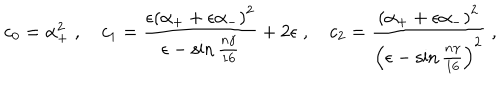
LaTeX: c _ { 0 } = \alpha _ { + } ^ { 2 } \; , \quad c _ { 1 } = \frac { \epsilon \left( \alpha _ { + } + \epsilon \alpha _ { - } \right) ^ { 2 } } { \epsilon - \sin \frac { n \gamma } { 1 6 } } + 2 \epsilon \; , \quad c _ { 2 } = \frac { \left( \alpha _ { + } + \epsilon \alpha _ { - } \right) ^ { 2 } } { \left( \epsilon - \sin \frac { n \gamma } { 1 6 } \right) ^ { 2 } } \; ,